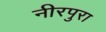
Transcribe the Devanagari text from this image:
नीरपुरा